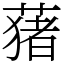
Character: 蕏